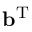
{ \mathbf { b } } ^ { \mathrm { T } }